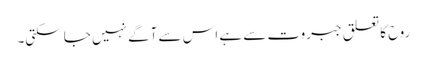
روح کا تعلق جبروت سے ہے اس سے آگے نہیں جا سکتی۔